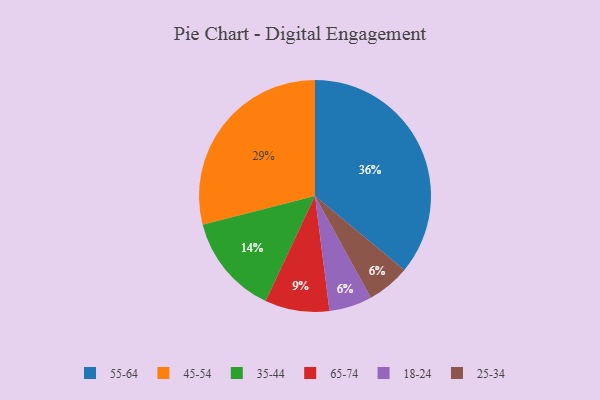
{"axis": {"x": "Category", "y": "Percentage"}, "legend": ["18-24", "25-34", "35-44", "45-54", "55-64", "65-74"], "data": [{"x": "18-24", "y": 6, "type": "18-24"}, {"x": "65-74", "y": 9, "type": "65-74"}, {"x": "55-64", "y": 36, "type": "55-64"}, {"x": "45-54", "y": 29, "type": "45-54"}, {"x": "25-34", "y": 6, "type": "25-34"}, {"x": "35-44", "y": 14, "type": "35-44"}]}